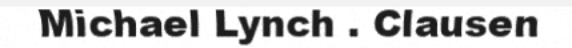
Michael Lynch . Clausen